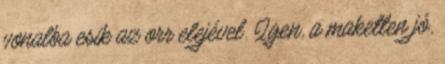
vonalba esik az orr elejével. Igen, a maketten jó.